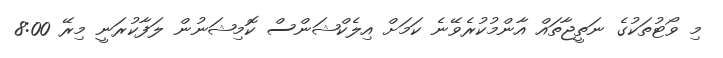
މި ވޯޓުތަކުގެ ނަތީޖާތައް އާންމުކުރެވޭނެ ކަމަށް އިލެކްޝަންސް ކޮމިޝަނުން ލަފާކުރަނީ މިރޭ 8:00